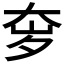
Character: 𫯥